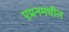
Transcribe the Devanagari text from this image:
एप्रनमधील